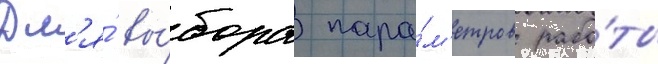
Дл'я́ вы́бора пара́м'етров рабо́ты